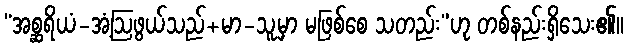
“အစ္ဆရိယံ-အံ့ဩဖွယ်သည်+မာ-သူ့မှာ မဖြစ်စေ သတည်း”ဟု တစ်နည်းရှိသေး၏။